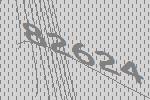
82624